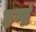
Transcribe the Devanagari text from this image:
इन्द्रं